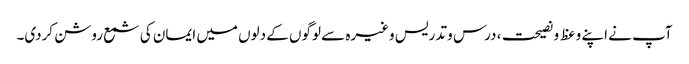
آپ نے اپنے وعظ و نصیحت، درس و تدریس وغیرہ سے لوگوں کے دلوں میں ایمان کی شمع روشن کردی۔